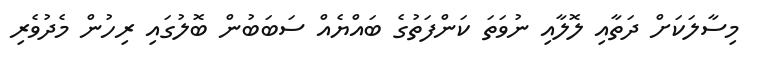
މިސާލަކަށް ދަތާއި ލޮލާއި ނުވަތަ ކަންފަތުގެ ބައްޔެއް ސަބަބުން ބޮލުގައި ރިހުން މެދުވެރި